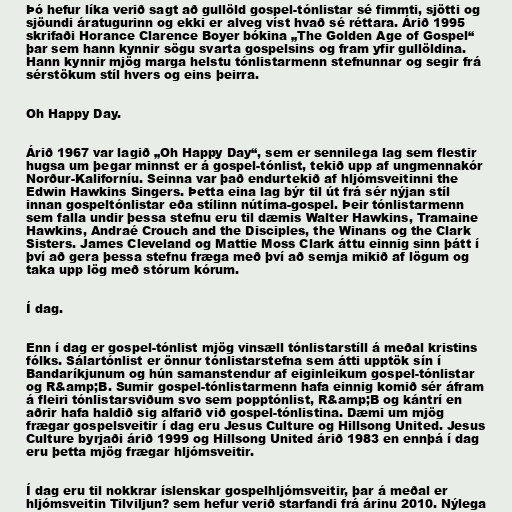
Þó hefur líka verið sagt að gullöld gospel-tónlistar sé fimmti, sjötti og
sjöundi áratugurinn og ekki er alveg víst hvað sé réttara. Árið 1995
skrifaði Horance Clarence Boyer bókina „The Golden Age of Gospel“
þar sem hann kynnir sögu svarta gospelsins og fram yfir gullöldina.
Hann kynnir mjög marga helstu tónlistarmenn stefnunnar og segir frá
sérstökum stíl hvers og eins þeirra.

Oh Happy Day.

Árið 1967 var lagið „Oh Happy Day“, sem er sennilega lag sem flestir
hugsa um þegar minnst er á gospel-tónlist, tekið upp af ungmennakór
Norður-Kaliforníu. Seinna var það endurtekið af hljómsveitinni the
Edwin Hawkins Singers. Þetta eina lag býr til út frá sér nýjan stíl
innan gospeltónlistar eða stílinn nútíma-gospel. Þeir tónlistarmenn
sem falla undir þessa stefnu eru til dæmis Walter Hawkins, Tramaine
Hawkins, Andraé Crouch and the Disciples, the Winans og the Clark
Sisters. James Cleveland og Mattie Moss Clark áttu einnig sinn þátt í
því að gera þessa stefnu fræga með því að semja mikið af lögum og
taka upp lög með stórum kórum.

Í dag.

Enn í dag er gospel-tónlist mjög vinsæll tónlistarstíll á meðal kristins
fólks. Sálartónlist er önnur tónlistarstefna sem átti upptök sín í
Bandaríkjunum og hún samanstendur af eiginleikum gospel-tónlistar
og R&amp;B. Sumir gospel-tónlistarmenn hafa einnig komið sér áfram
á fleiri tónlistarsviðum svo sem popptónlist, R&amp;B og kántrí en
aðrir hafa haldið sig alfarið við gospel-tónlistina. Dæmi um mjög
frægar gospelsveitir í dag eru Jesus Culture og Hillsong United. Jesus
Culture byrjaði árið 1999 og Hillsong United árið 1983 en ennþá í dag
eru þetta mjög frægar hljómsveitir.

Í dag eru til nokkrar íslenskar gospelhljómsveitir, þar á meðal er
hljómsveitin Tilviljun? sem hefur verið starfandi frá árinu 2010. Nýlega